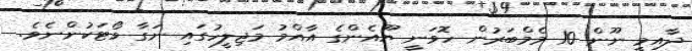
ދާއިމީ ނޫން 10 މެމްބަރުން ހޮވަނީ ޔޫއެންގެ އާއްމު މަޖިލީހުގައި ނަގާ ވޯޓަކުންނެވެ.